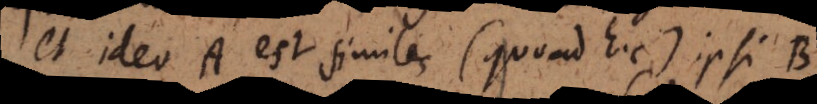
et ideo A est similis (quoad hoc) ipsi B.